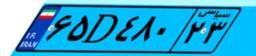
۰۷D۸۴۸۳۴